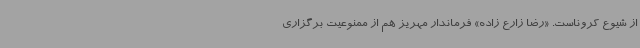
از شیوع کروناست. «رضا زارع زاده» فرماندار مهریز هم از ممنوعیت برگزاری